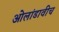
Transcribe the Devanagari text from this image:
ओलांडावीच